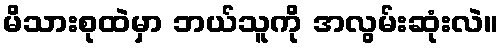
မိသားစုထဲမှာ ဘယ်သူကို အလွမ်းဆုံးလဲ။